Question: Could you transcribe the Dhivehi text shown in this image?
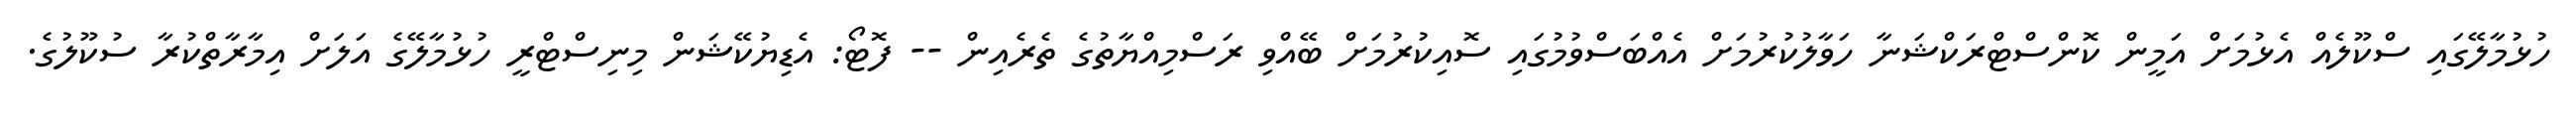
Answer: ހުޅުމާލޭގައި ސްކޫލެއް އެޅުމަށް އަމީން ކޮންސްޓްރަކްޝަނާ ހަވާލުކުރުމަށް އެއްބަސްވުމުގައި ސޮއިކުރުމަށް ބޭއްވި ރަސްމިއްޔާތުގެ ތެރެއިން -- ފޮޓޯ: އެޑިޔުކޭޝަން މިނިސްޓްރީ ހުޅުމާލޭގެ އަލަށް އިމާރާތްކުރާ ސުކޫލުގެ.